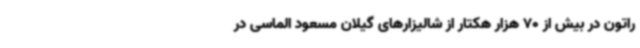
راتون در بیش از 70 هزار هکتار از شالیزارهای گیلان مسعود الماسی در